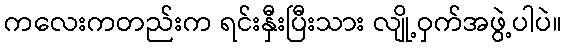
ကလေးကတည်းက ရင်းနှီးပြီးသား လျို့ဝှက်အဖွဲ့ပါပဲ။